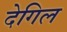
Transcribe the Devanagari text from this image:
देगिल